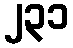
၂၃၁